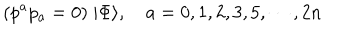
( p ^ { a } p _ { a } = 0 ) \; | \Phi \rangle , \quad a = 0 , 1 , 2 , 3 , 5 , \cdots , 2 n